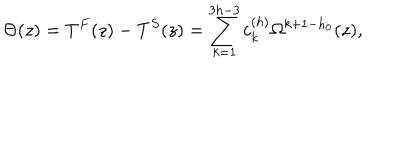
\Theta ( z ) = T ^ { F } ( z ) - T ^ { S } ( z ) = \sum _ { k = 1 } ^ { 3 h - 3 } c _ { k } ^ { ( h ) } \Omega ^ { k + 1 - h _ { 0 } } ( z ) ,